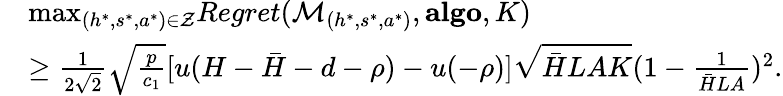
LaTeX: \begin{array}{rl}&{\mathop{\operatorname*{max}}_{(h^{*},s^{*},a^{*})\in\mathcal{Z}}Regret(\mathcal{M}_{(h^{*},s^{*},a^{*})},\textbf{algo},K)}\\ &{\geq\frac{1}{2\sqrt{2}}\sqrt{\frac{p}{c_{1}}}[u(H-\bar{H}-d-\rho)-u(-\rho)]\sqrt{\bar{H}LAK}(1-\frac{1}{\bar{H}LA})^{2}.}\end{array}